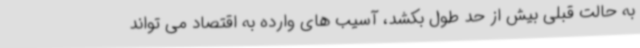
به حالت قبلی بیش از حد طول بکشد، آسیب های وارده به اقتصاد می تواند